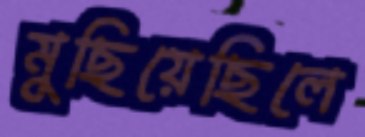
মুছিয়েছিলে